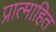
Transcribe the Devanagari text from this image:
प्रात्माहित